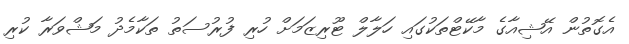
އެގޮތުން އޭޝިއާގެ މާކޭޓްތަކުގައި ހަލާލް ޓޫރިޒަމަށް ހުރި ފުރުސަތު ތަކާމެދު މަޝްވަރާ ކުރި